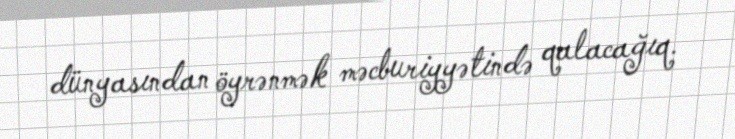
dünyasından öyrənmək məcburiyyətində qalacağıq.